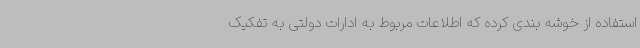
استفاده از خوشه بندی کرده که اطلاعات مربوط به ادارات دولتی به تفکیک